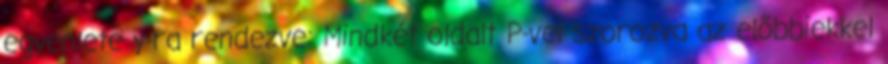
egyenlete y-ra rendezve: Mindkét oldalt P-vel szorozva az előbbiekkel